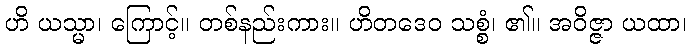
ဟိ ယသ္မာ၊ ကြောင့်။ တစ်နည်းကား။ ဟိတဒေဝ သစ္စံ၊ ၏။ အဝိဇ္ဇာ ယထာ၊